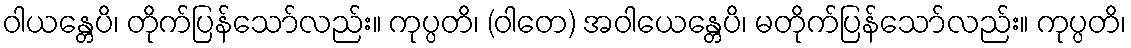
ဝါယန္တေပိ၊ တိုက်ပြန်သော်လည်း။ ကုပ္ပတိ၊ (ဝါတေ) အဝါယေန္တေပိ၊ မတိုက်ပြန်သော်လည်း။ ကုပ္ပတိ၊